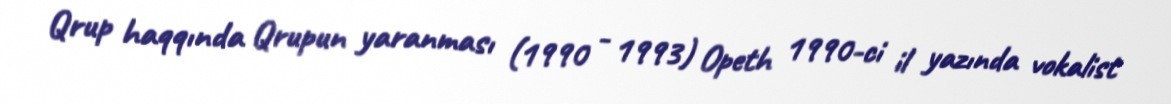
Qrup haqqında Qrupun yaranması (1990 - 1993) Opeth 1990-ci il yazında vokalist